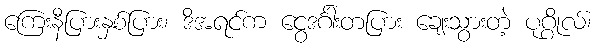
ကြေးနီပြားနှစ်ပြား၊ ဒိအရင်က ငွေဒင်္ဂါးတပြား ချေးသွားတဲ့ ပုဂ္ဂိုလ်၊